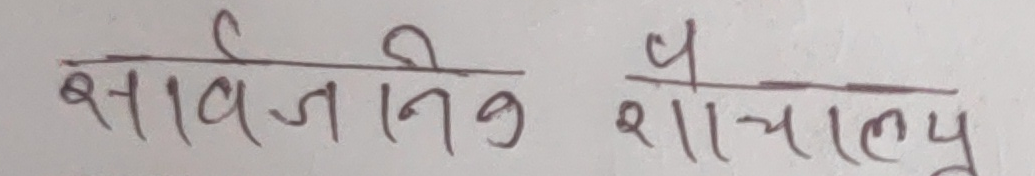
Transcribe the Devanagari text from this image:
सार्वजनिक शौचालय